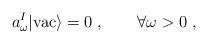
LaTeX: \begin{align*}a_\omega^I |\mbox{vac} \rangle = 0 \; , \qquad \forall \omega>0 {\; ,}\end{align*}